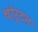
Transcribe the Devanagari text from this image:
चोर्टन